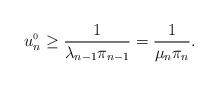
LaTeX: \begin{align*}u_n^{{\scriptscriptstyle 0}}\geq \frac{1}{\lambda_{n-1}\pi_{n-1}}=\frac{1}{\mu_n\pi_n}.\end{align*}